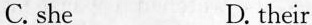
C. she D. their